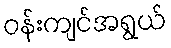
ဝန်းကျင်အရွယ်